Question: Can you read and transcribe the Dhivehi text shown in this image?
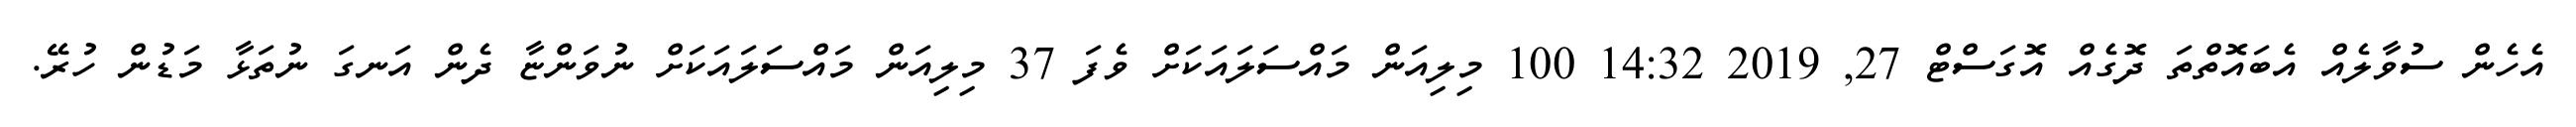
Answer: އެހެން ސުވާލެއް އެބައޮތްތަ ދޮގެއް އޮގަސްޓް 27, 2019 14:32 100 މިލިއަން މައްސަލައަކަށް ވެފަ 37 މިލިއަން މައްސަލައަކަށް ނުވަންޏާ ދެން އަނގަ ނުތަޅާ މަޑުން ހުރޭ.